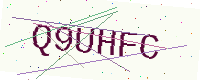
Text: Q9UHFC